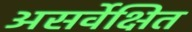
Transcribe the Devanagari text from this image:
असर्वेक्षित